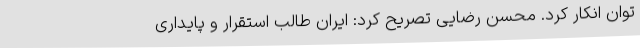
توان انکار کرد. محسن رضایی تصریح کرد: ایران طالب استقرار و پایداری